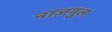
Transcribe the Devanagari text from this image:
नाज़गुल